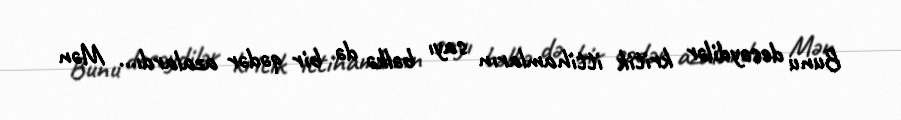
Bunu desəydilər kritik ittihamların sayı bəlkə də bir qədər azalardı... Mən